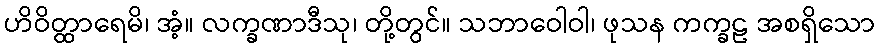
ဟိဝိတ္ထာရေမိ၊ အံ့။ လက္ခဏာဒီသု၊ တို့တွင်။ သဘာဝေါဝါ၊ ဖုသန ကက္ခဠ အစရှိသော